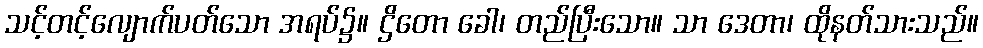
သင့်တင့်လျောက်ပတ်သော အရပ်၌။ ဌိတော ခေါ၊ တည်ပြီးသော။ သာ ဒေတာ၊ ထိုနတ်သားသည်။